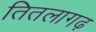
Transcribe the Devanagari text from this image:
तितलागढ़